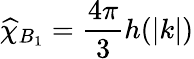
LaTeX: \widehat{\chi}_{B_{1}}=\frac{4\pi}{3}h(|k|)